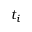
t _ { i }